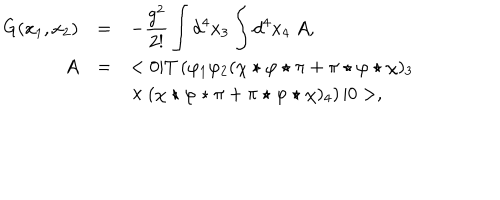
\begin{array} { r c l } { { G ( x _ { 1 } , x _ { 2 } ) } } & { { = } } & { { \displaystyle - \frac { g ^ { 2 } } { 2 ! } \int d ^ { 4 } x _ { 3 } \int d ^ { 4 } x _ { 4 } ~ A , } } \\ { { A } } & { { = } } & { { \displaystyle < 0 | T \left( \varphi _ { 1 } \varphi _ { 2 } ( \chi \star \varphi \star \pi + \pi \star \varphi \star \chi ) _ { 3 } \right. } } \\ { { } } & { { } } & { { \displaystyle \times \left. ( \chi \star \varphi \star \pi + \pi \star \varphi \star \chi ) _ { 4 } \right) | 0 > , } } \\ \end{array}